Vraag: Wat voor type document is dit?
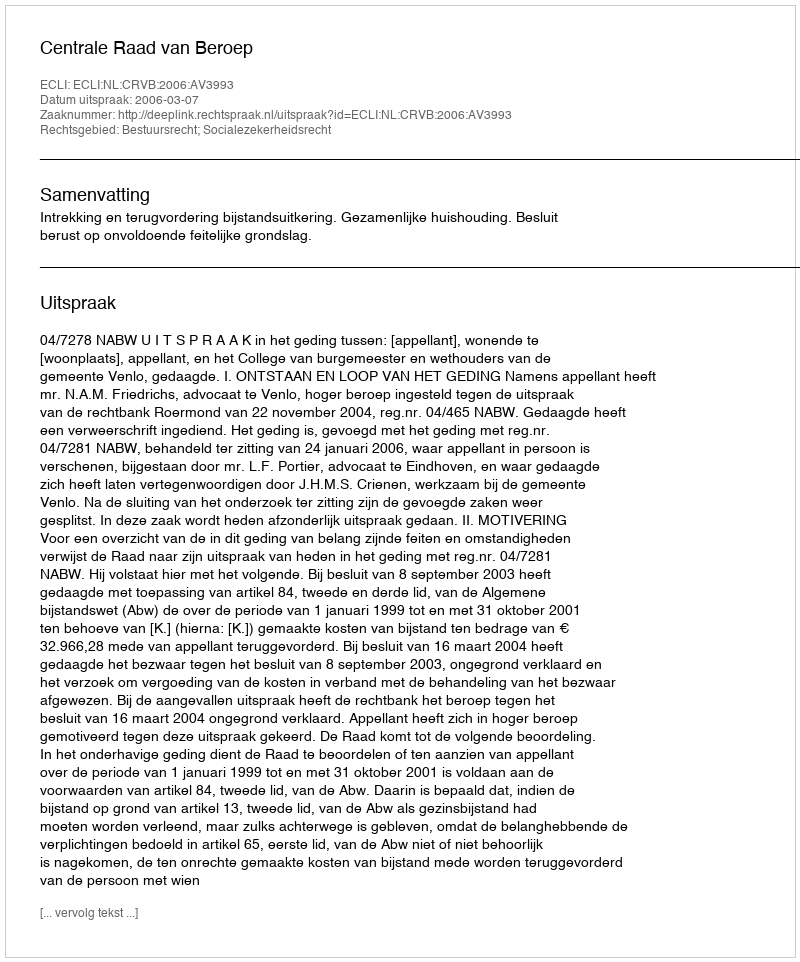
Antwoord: Uitspraak